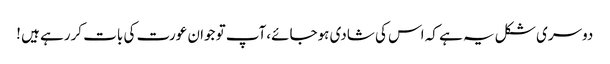
دوسری شکل یہ ہے کہ اس کی شادی ہوجائے،آپ تو جوان عورت کی بات کررہے ہیں !